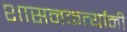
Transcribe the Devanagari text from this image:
शासनकर्त्यांनी